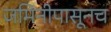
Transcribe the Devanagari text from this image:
जमिनीपासूनच